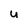
Character: u